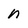
Character: n